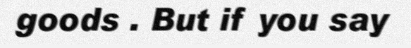
goods . But if you say